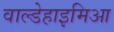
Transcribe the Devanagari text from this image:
वाल्डेहाइमिआ